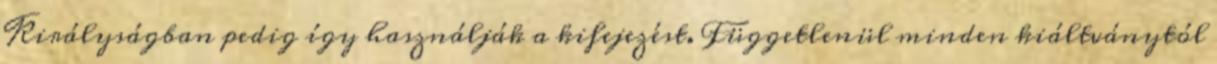
Királyságban pedig így használják a kifejezést. Függetlenül minden kiáltványtól